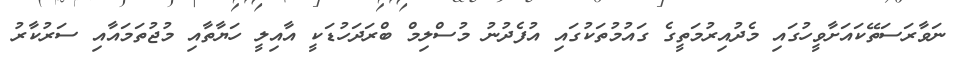
ނަވާރަސަތޭކައަށާވީހުގައި މެދުއިރުމަތީގެ ގައުމުތަކުގައި އުފެދުނު މުސްލިމް ބްރަދަހުޑަކީ އާއިލީ ހަޔާތާއި މުޖުތަމައާއި ސަރުކާރު